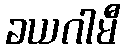
ခယဂါမီ